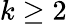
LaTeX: k\geq 2